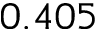
0 . 4 0 5